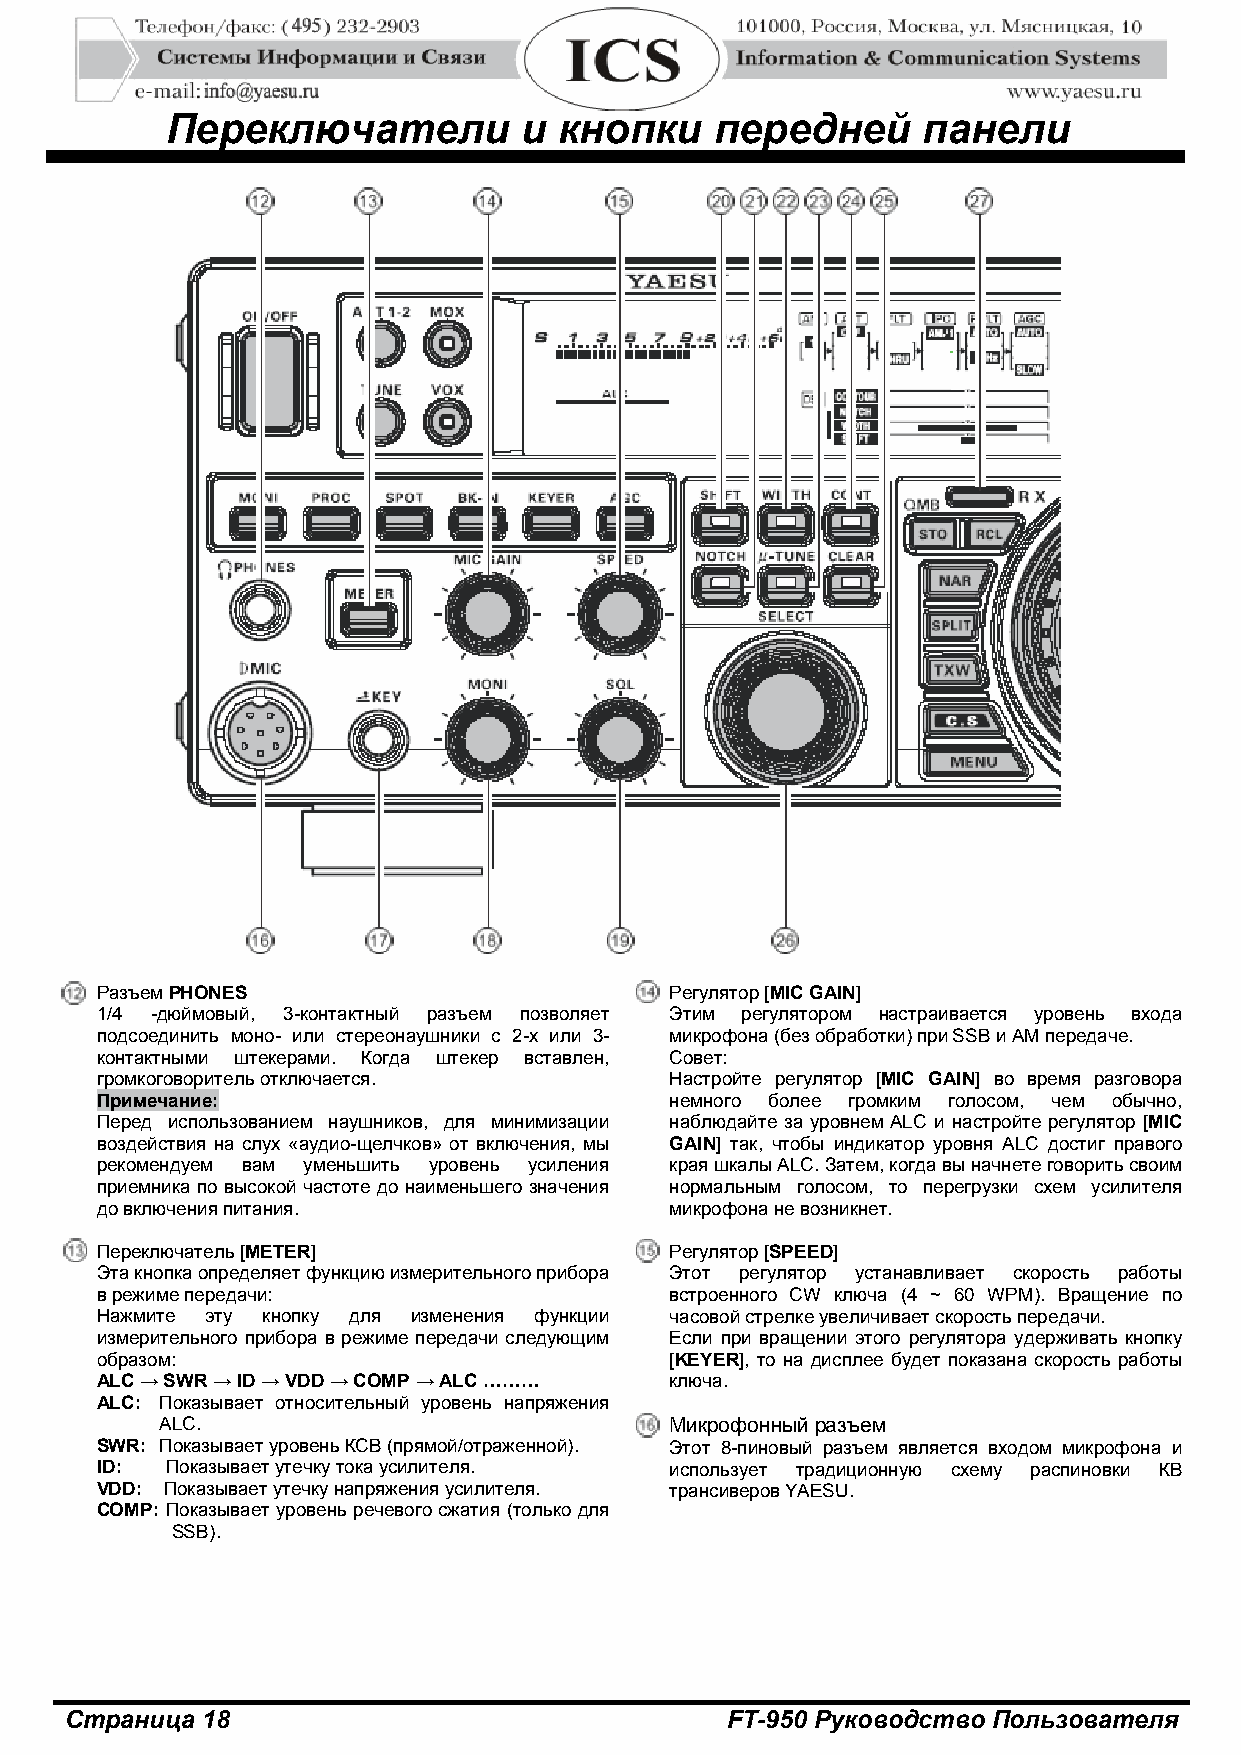
Переключатели          и  кнопки    передней      панели
 Разъем PHONES                         Регулятор [MIC GAIN]
 1/4 -дюймовый, 3-контактный разъем позволяет Этим регулятором настраивается уровень входа
 подсоединить моно- или стереонаушники с 2-х или 3- микрофона (без обработки) при SSB и АМ передаче.
 контактными штекерами. Когда штекер вставлен, Совет:
 громкоговоритель отключается.         Настройте регулятор [MIC GAIN] во время разговора
 Примечание:                           немного более громким голосом, чем обычно,
 Перед использованием наушников, для минимизации наблюдайте за уровнем ALC и настройте регулятор [MIC
 воздействия на слух «аудио-щелчков» от включения, мы GAIN] так, чтобы индикатор уровня ALC достиг правого
 рекомендуем вам уменьшить уровень усиления края шкалы ALC. Затем, когда вы начнете говорить своим
 приемника по высокой частоте до наименьшего значения нормальным голосом, то перегрузки схем усилителя
 до включения питания.                 микрофона не возникнет.
 Переключатель [METER]                 Регулятор [SPEED]
 Эта кнопка определяет функцию измерительного прибора Этот регулятор устанавливает скорость работы
 в режиме передачи:                    встроенного CW ключа (4 ~ 60 WPM). Вращение по
 Нажмите эту кнопку для изменения функции часовой стрелке увеличивает скорость передачи.
 измерительного прибора в режиме передачи следующим Если при вращении этого регулятора удерживать кнопку
 образом:                              [KEYER], то на дисплее будет показана скорость работы
 ALC → SWR → ID → VDD → COMP → ALC ……… ключа.
 ALC: Показывает относительный уровень напряжения
 ALC.                             Микрофонный разъем
 SWR: Показывает уровень КСВ (прямой/отраженной). Этот 8-пиновый разъем является входом микрофона и
 ID:  Показывает утечку тока усилителя. использует традиционную схему распиновки КВ
 VDD: Показывает утечку напряжения усилителя. трансиверов YAESU.
 COMP: Показывает уровень речевого сжатия (только для
 SSB).
 Страница 18                                 FT-950 Руководство Пользователя